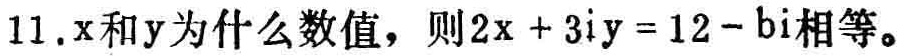
11. \(x\)和\(y\)为什么数值，则\(2x + 3iy = 12 - bi\)相等。